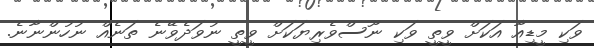
ވަކި މީޑިއާ އަކަށް ވީތީ ވަކި ނޫސްވެރިޔަކަށް ވީތީ ނުވަދެވޭނެ ތަނެއް ނުހުންނާނެ.